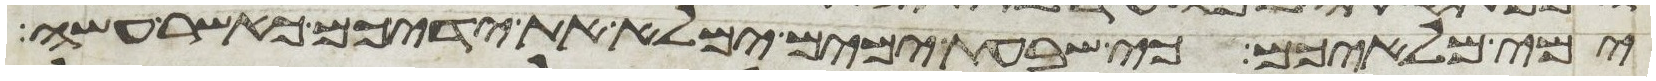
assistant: ימי מלאיכם כי שבעת ימים ימלא את ידיכם כאשר עשה